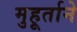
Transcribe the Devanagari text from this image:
मुहूर्ताने